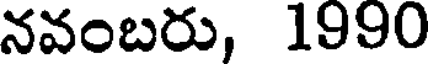
నవంబరు, 1990